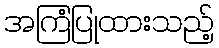
အကြံပြုထားသည့်